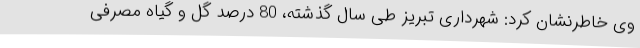
وی خاطرنشان کرد: شهرداری تبریز طی سال گذشته، 80 درصد گل و گیاه مصرفی